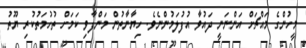
މީހުންގެ މައްޗަށް އަންނަނީ ދައުވާ އުފުލަމުންނެވެ. ހިޔާނާތުން މަންފާވި ކަމަށް ތުހުމަތުކުރި ޔޫތު